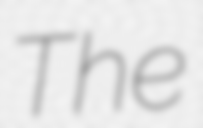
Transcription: The